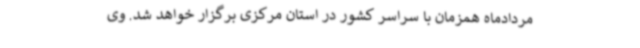
مردادماه همزمان با سراسر کشور در استان مرکزی برگزار خواهد شد. وی